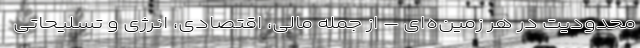
محدودیت در هر زمین‌ه­ای – از جمله مالی، اقتصادی، انرژی و تسلیحاتی